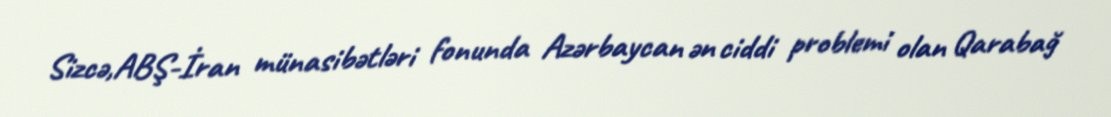
Sizcə,ABŞ-İran münasibətləri fonunda Azərbaycan ən ciddi problemi olan Qarabağ